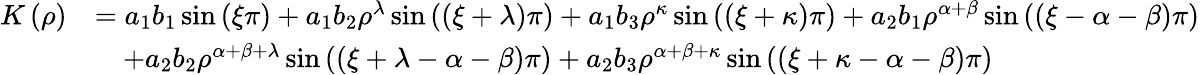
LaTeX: \begin{array}{rl}{K\left(\rho\right)}&{=a_{1}b_{1}\sin\left(\xi\pi\right)+a_{1}b_{2}\rho^{\lambda}\sin\left(\left(\xi+\lambda\right)\pi\right)+a_{1}b_{3}\rho^{\kappa}\sin\left(\left(\xi+\kappa\right)\pi\right)+a_{2}b_{1}\rho^{\alpha+\beta}\sin\left(\left(\xi-\alpha-\beta\right)\pi\right)}\\ &{\quad+a_{2}b_{2}\rho^{\alpha+\beta+\lambda}\sin\left(\left(\xi+\lambda-\alpha-\beta\right)\pi\right)+a_{2}b_{3}\rho^{\alpha+\beta+\kappa}\sin\left(\left(\xi+\kappa-\alpha-\beta\right)\pi\right)}\end{array}